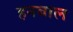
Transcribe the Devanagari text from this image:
हनबाल